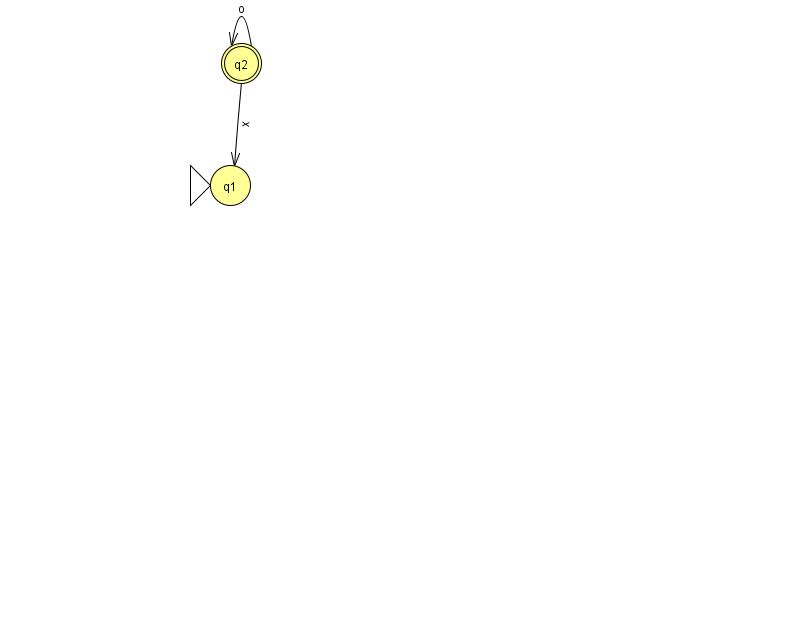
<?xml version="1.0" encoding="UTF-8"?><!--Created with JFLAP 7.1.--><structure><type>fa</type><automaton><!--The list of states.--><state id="1" name="q1"><x>230.0</x><y>172.0</y><initial/></state><state id="2" name="q2"><x>241.0</x><y>50.0</y><final/></state><!--The list of transitions.--><transition><from>2</from><to>1</to><read>x</read></transition><transition><from>2</from><to>2</to><read>o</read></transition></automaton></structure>